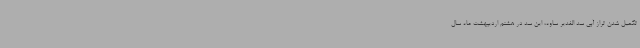
تکمیل شدن تراز آبی سد الغدیر ساوه، این سد در هشتم اردیبهشت ماه سال